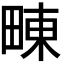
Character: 𤲚